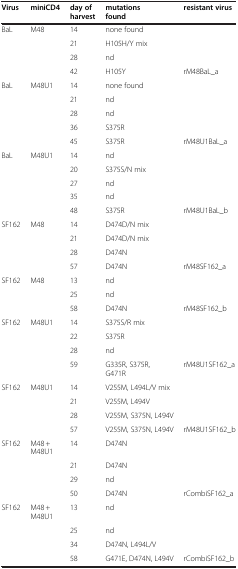
<table><thead><tr><td><b>Virus</b></td><td><b>miniCD4</b></td><td><b>day of harvest</b></td><td><b>mutations found</b></td><td><b>resistant virus</b></td></tr></thead><tbody><tr><td>BaL</td><td>M48</td><td>14</td><td>none found</td><td> </td></tr><tr><td> </td><td> </td><td>21</td><td>H105H/Y mix</td><td> </td></tr><tr><td> </td><td> </td><td>28</td><td>nd</td><td> </td></tr><tr><td> </td><td> </td><td>42</td><td>H105Y</td><td>rM48BaL_a</td></tr><tr><td>BaL</td><td>M48U1</td><td>14</td><td>none found</td><td> </td></tr><tr><td> </td><td> </td><td>21</td><td>nd</td><td> </td></tr><tr><td> </td><td> </td><td>28</td><td>nd</td><td> </td></tr><tr><td> </td><td> </td><td>36</td><td>S375R</td><td> </td></tr><tr><td> </td><td> </td><td>45</td><td>S375R</td><td>rM48U1BaL_a</td></tr><tr><td>BaL</td><td>M48U1</td><td>14</td><td>nd</td><td> </td></tr><tr><td> </td><td> </td><td>20</td><td>S375S/N mix</td><td> </td></tr><tr><td> </td><td> </td><td>27</td><td>nd</td><td> </td></tr><tr><td> </td><td> </td><td>35</td><td>nd</td><td> </td></tr><tr><td> </td><td> </td><td>48</td><td>S375R</td><td>rM48U1BaL_b</td></tr><tr><td>SF162</td><td>M48</td><td>14</td><td>D474D/N mix</td><td> </td></tr><tr><td> </td><td> </td><td>21</td><td>D474D/N mix</td><td> </td></tr><tr><td> </td><td> </td><td>28</td><td>D474N</td><td> </td></tr><tr><td> </td><td> </td><td>57</td><td>D474N</td><td>rM48SF162_a</td></tr><tr><td>SF162</td><td>M48</td><td>13</td><td>nd</td><td> </td></tr><tr><td> </td><td> </td><td>25</td><td>nd</td><td> </td></tr><tr><td> </td><td> </td><td>58</td><td>D474N</td><td>rM48SF162_b</td></tr><tr><td>SF162</td><td>M48U1</td><td>14</td><td>S375S/R mix</td><td> </td></tr><tr><td> </td><td> </td><td>22</td><td>S375R</td><td> </td></tr><tr><td> </td><td> </td><td>28</td><td>nd</td><td> </td></tr><tr><td> </td><td> </td><td>59</td><td>G335R, S375R, G471R</td><td>rM48U1SF162_a</td></tr><tr><td>SF162</td><td>M48U1</td><td>14</td><td>V255M, L494L/V mix</td><td> </td></tr><tr><td> </td><td> </td><td>21</td><td>V255M, L494V</td><td> </td></tr><tr><td> </td><td> </td><td>28</td><td>V255M, S375N, L494V</td><td> </td></tr><tr><td> </td><td> </td><td>57</td><td>V255M, S375N, L494V</td><td>rM48U1SF162_b</td></tr><tr><td>SF162</td><td>M48 + M48U1</td><td>14</td><td>D474N</td><td> </td></tr><tr><td> </td><td> </td><td>21</td><td>D474N</td><td> </td></tr><tr><td> </td><td> </td><td>29</td><td>nd</td><td> </td></tr><tr><td> </td><td> </td><td>50</td><td>D474N</td><td>rCombiSF162_a</td></tr><tr><td>SF162</td><td>M48 + M48U1</td><td>13</td><td>nd</td><td> </td></tr><tr><td> </td><td> </td><td>25</td><td>nd</td><td> </td></tr><tr><td> </td><td> </td><td>34</td><td>D474N, L494L/V</td><td> </td></tr><tr><td> </td><td> </td><td>58</td><td>G471E, D474N, L494V</td><td>rCombiSF162_b</td></tr></tbody></table>